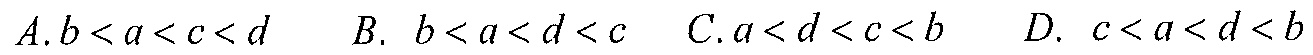
\(A. b < a < c < d\)  \(B.\ b < a < d < c\)  \(C. a < d < c < b\)  \(D.\ c < a < d < b\)